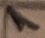
Text: 1